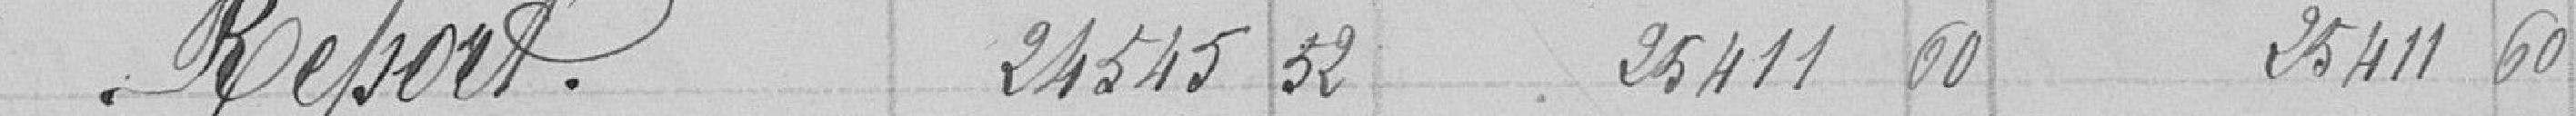
Report  24545,32     25411,60   25411,60